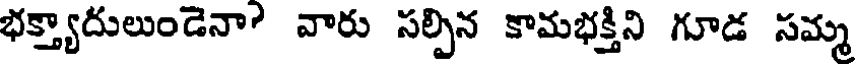
భక్త్యాదులుండెనా? వారు సల్పిన కామభక్తిని గూడ సమ్మ